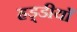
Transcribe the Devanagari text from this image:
हड्डीयाँ